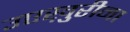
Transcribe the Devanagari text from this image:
उएख़ुरीना